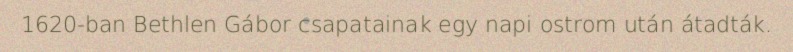
1620-ban Bethlen Gábor csapatainak egy napi ostrom után átadták.